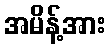
အမိန့်အား